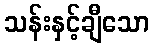
သန်းနှင့်ချီသော